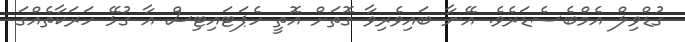
ގުޑްވިލް އެމްބެސެޑަރެވެ. އޭނާ ބައިވެރިވާ ގޮތަށް އޮތީ ހެޕަޓައިޓިސް އާ ގުޅޭ ހަރަކާތެއްގަ